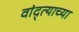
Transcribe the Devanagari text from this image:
वांद्त्‍याच्या